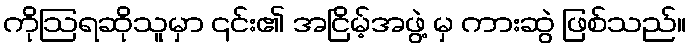
ကိုဩရဆိုသူမှာ ၎င်း၏ အငြိမ့်အဖွဲ့ မှ ကားဆွဲ ဖြစ်သည်။